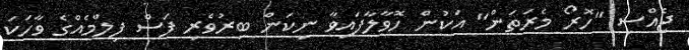
ޖެއްސި "ހޮރޯ މެރަތަން" އަކުން ހޮވާލާފައިވާ ނިކަން ބިރުވެރި ފަސް ފިލްމެއްގެ ވާހަކަ